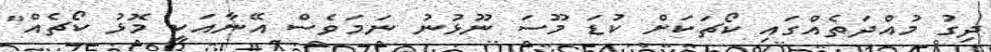
ދިގު މުއްދަތެއްގައި ކޯޗަކަށް ކުޑަ މޫސަ ނޫޅުނު ނަމަވެސް އޭނާއަކީ މޮޅު ކޯޗެއް"